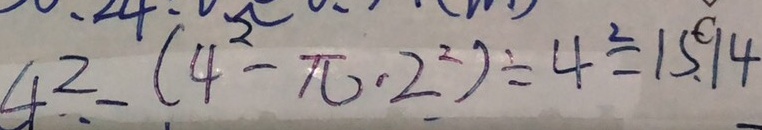
4 ^ { 2 } - ( 4 ^ { 2 } - \pi \cdot 2 ^ { 2 } ) \div 4 ^ { 2 } = 1 5 . 1 4